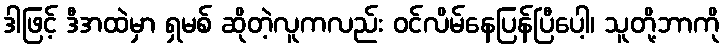
ဒါဖြင့် ဒီအထဲမှာ ရှမစ် ဆိုတဲ့လူကလည်း ဝင်လိမ်နေပြန်ပြီပေါ့၊ သူတို့ဘာကို